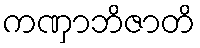
ကဏှာဘိဇာတိ